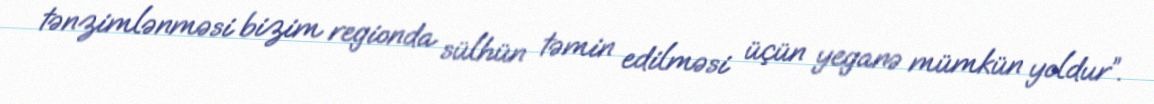
tənzimlənməsi bizim regionda sülhün təmin edilməsi üçün yeganə mümkün yoldur”.